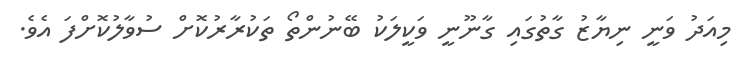
މިއަދު ވަނީ ނިޔާޒު ގާތުގައި ގާނޫނީ ވަކީލަކު ބޭނުންތޯ ތަކުރާރުކޮށް ސުވާލުކޮށްފަ އެވެ.